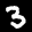
Label: 3